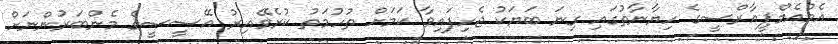
އެމްއެމްޕީއާރްސީގެ ހިޔާނާތުގައި ގިނަ ބަޔަކު ޖެހިފައިވާ ކަމަށް ތުހުމަތު ކުރެވޭއިރު އޭސީސީގެ މެންބަރުންނަށް